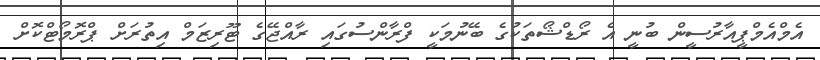
އެމްއެމްޕީއާރުސީން ބުނީ އެ ރޯޑްޝޯތަކުގެ ބޭނުމަކީ ފްރާންސުގައި ރާއްޖޭގެ ޓޫރިޒަމް އިތުރަށް ޕްރޮމޯޓްކޮށް